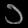
Digit: ၁